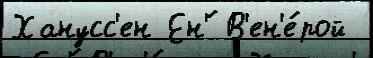
Ханусс'ен Ен'́ В'ен'е́рой